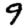
Digit: 9